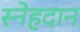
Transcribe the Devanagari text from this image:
स्नेहदान